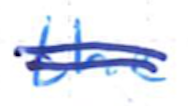
Text: the
Cross-out: double-line
Writing tool: ballpoint